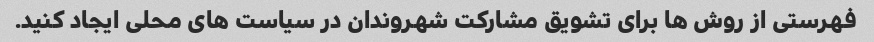
فهرستی از روش ها برای تشویق مشارکت شهروندان در سیاست های محلی ایجاد کنید.